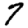
Digit: 7